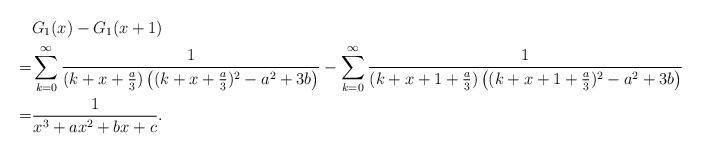
\begin{align*}&G_1(x)-G_1(x+1)\\=&\sum_{k=0}^{\infty}\frac{1}{( k + x+\frac a3)\left(( k + x+\frac a3)^2-a^2+3b\right)}-\sum_{k=0}^{\infty}\frac{1}{(k + x+1+\frac a3)\left(( k + x+1+\frac a3)^2-a^2+3b\right)}\\=&\frac{1}{x^3 + a x^2 + b x + c}.\end{align*}